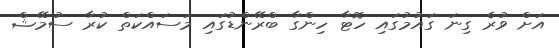
އަށް ވުރެ ގިނަ ގައުމުގައި ހޮޓާ ހިންގާ ބްރޭންޑުގައި މަސައްކަތް ކުރާ ސުމޭޝް